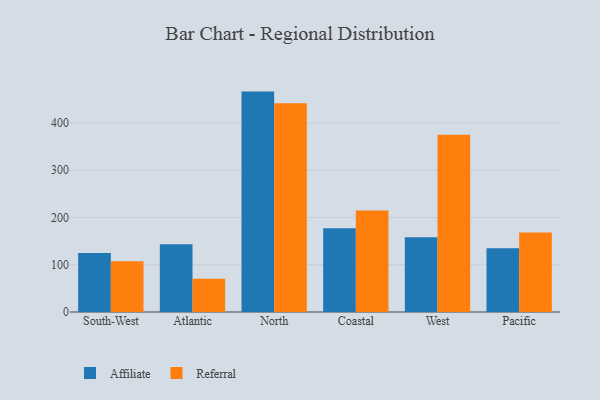
{"axis": {"x": "Region", "y": "Revenue (USD Million)"}, "legend": ["Affiliate", "Referral"], "data": [{"x": "South-West", "y": 124.8, "type": "Affiliate"}, {"x": "South-West", "y": 107.4, "type": "Referral"}, {"x": "Atlantic", "y": 143.4, "type": "Affiliate"}, {"x": "Atlantic", "y": 70.5, "type": "Referral"}, {"x": "North", "y": 466.3, "type": "Affiliate"}, {"x": "North", "y": 441.8, "type": "Referral"}, {"x": "Coastal", "y": 177.3, "type": "Affiliate"}, {"x": "Coastal", "y": 214.9, "type": "Referral"}, {"x": "West", "y": 158.3, "type": "Affiliate"}, {"x": "West", "y": 374.8, "type": "Referral"}, {"x": "Pacific", "y": 134.7, "type": "Affiliate"}, {"x": "Pacific", "y": 168.1, "type": "Referral"}]}